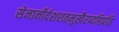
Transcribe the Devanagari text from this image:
सेनानीर्दशशतमुखैरप्यहिपति